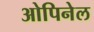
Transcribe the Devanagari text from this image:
ओपिनेल